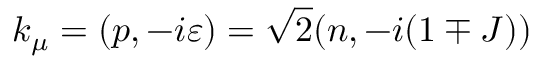
k _ { \mu } = ( p , - i \varepsilon ) = \sqrt { 2 } ( n , - i ( 1 \mp J ) )